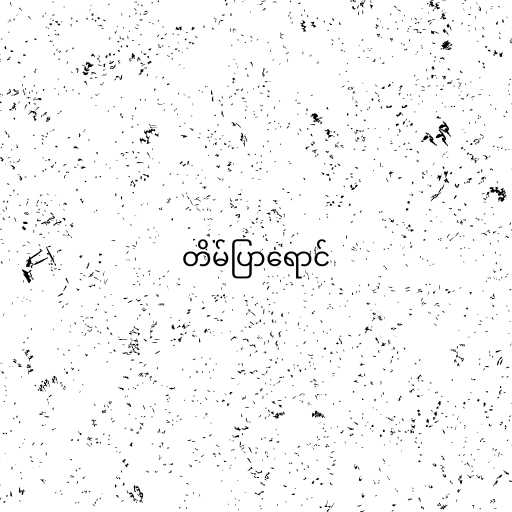
တိမ်ပြာရောင်